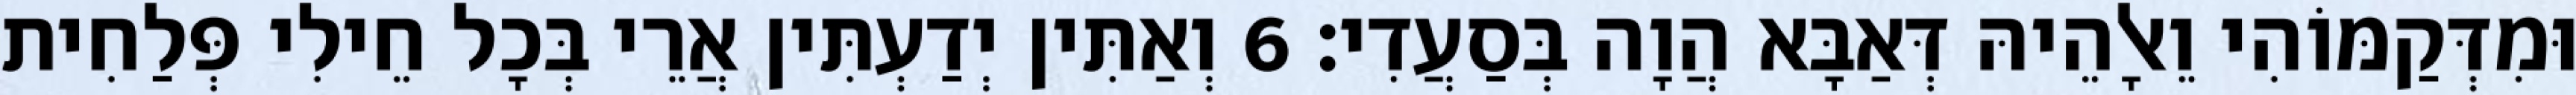
וּמִדְּקַמּוֹהִי וֵאלָהֵיהּ דְּאַבָּא הֲוָה בְּסַעֲדִי׃ 6 וְאַתִּין יְדַעְתִּין אֲרֵי בְּכָל חֵילִי פְּלַחִית